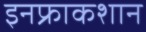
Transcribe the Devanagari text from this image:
इनफ्राकशान